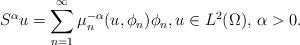
LaTeX: \begin{align*}S^{\alpha}u= \sum_{n=1}^{\infty}{\mu_{n}^{-\alpha}(u,\phi_{n})\phi_{n}},u\in L^{2}(\Omega), \,\alpha>0.\end{align*}